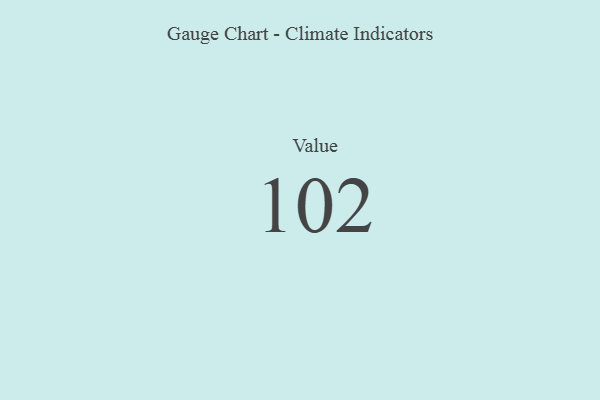
{"axis": {"x": "Metric", "y": "Value"}, "legend": [""], "data": [{"x": "Value", "y": 102, "type": ""}]}